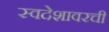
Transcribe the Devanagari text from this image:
स्वदेशावरची